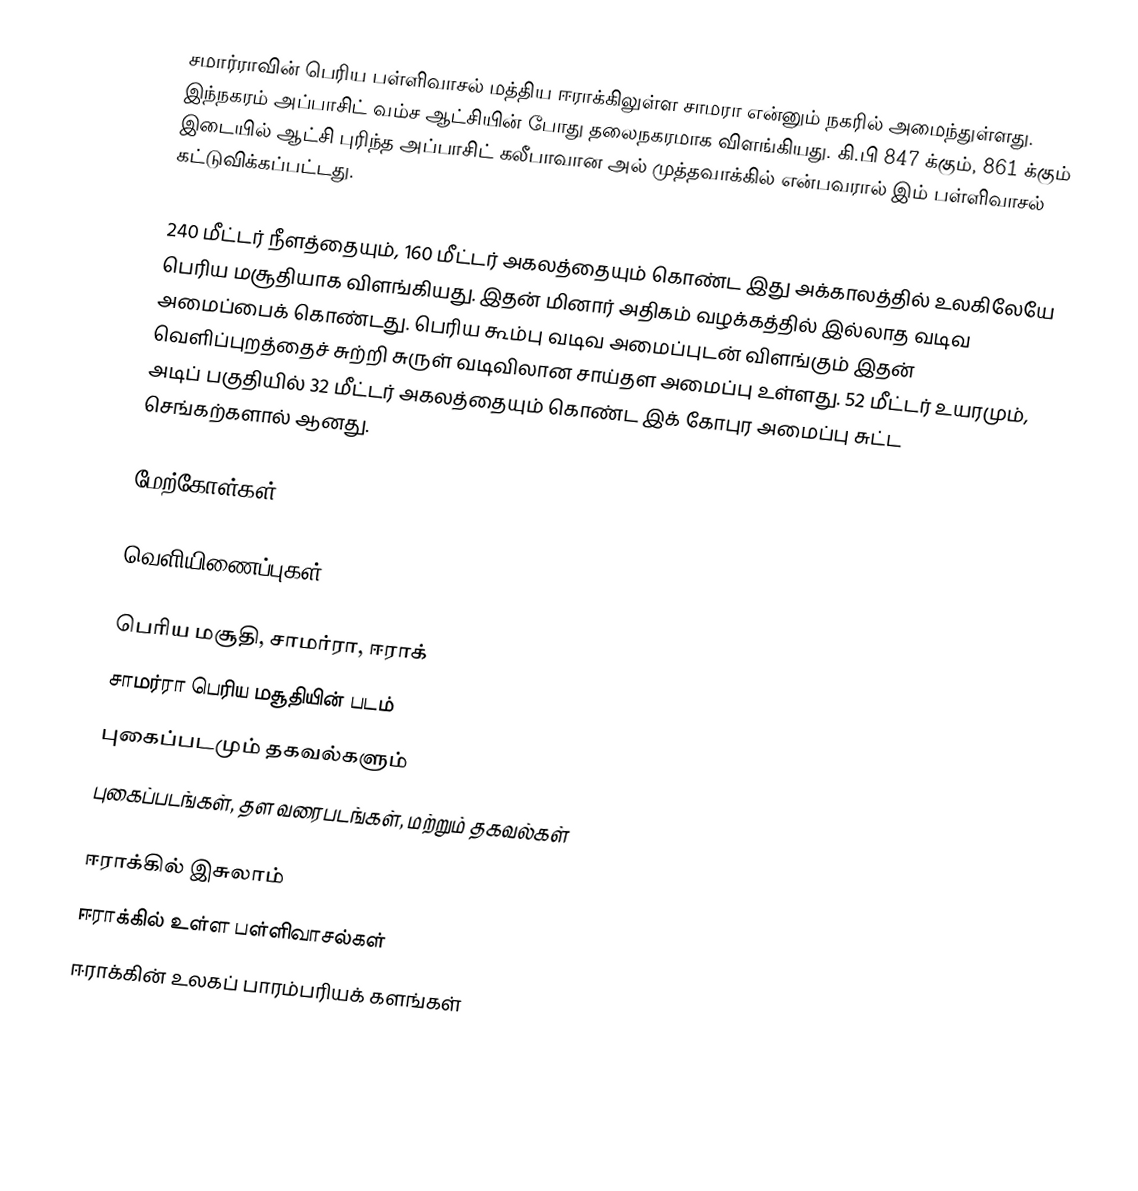
சமார்ராவின் பெரிய பள்ளிவாசல் மத்திய ஈராக்கிலுள்ள சாமரா என்னும் நகரில் அமைந்துள்ளது.  இந்நகரம் அப்பாசிட் வம்ச ஆட்சியின் போது தலைநகரமாக விளங்கியது. கி.பி 847 க்கும், 861 க்கும் இடையில் ஆட்சி புரிந்த அப்பாசிட் கலீபாவான அல் முத்தவாக்கில் என்பவரால் இம் பள்ளிவாசல் கட்டுவிக்கப்பட்டது.

240 மீட்டர் நீளத்தையும், 160 மீட்டர் அகலத்தையும் கொண்ட இது அக்காலத்தில் உலகிலேயே பெரிய மசூதியாக விளங்கியது. இதன் மினார் அதிகம் வழக்கத்தில் இல்லாத வடிவ அமைப்பைக் கொண்டது. பெரிய கூம்பு வடிவ அமைப்புடன் விளங்கும் இதன் வெளிப்புறத்தைச் சுற்றி சுருள் வடிவிலான சாய்தள அமைப்பு உள்ளது. 52 மீட்டர் உயரமும், அடிப் பகுதியில் 32 மீட்டர் அகலத்தையும் கொண்ட இக் கோபுர அமைப்பு சுட்ட செங்கற்களால் ஆனது.

மேற்கோள்கள்

வெளியிணைப்புகள்

 பெரிய மசூதி, சாமர்ரா, ஈராக்
 சாமர்ரா பெரிய மசூதியின் படம்
 புகைப்படமும் தகவல்களும்
 புகைப்படங்கள், தள வரைபடங்கள், மற்றும் தகவல்கள்

ஈராக்கில் இசுலாம்
ஈராக்கில் உள்ள பள்ளிவாசல்கள்
ஈராக்கின் உலகப் பாரம்பரியக் களங்கள்